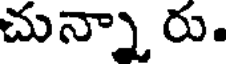
చున్నా రు.